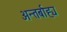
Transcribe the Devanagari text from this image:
अन्तर्बाह्य